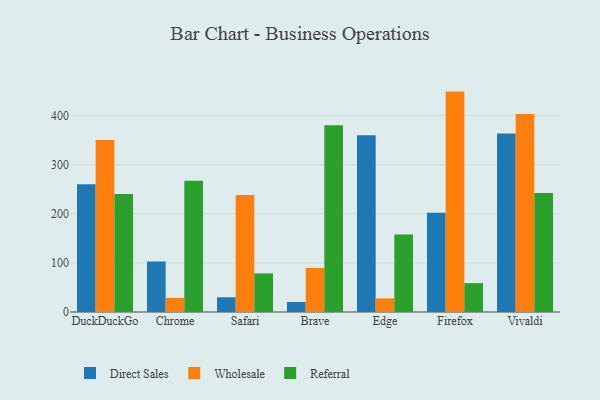
{"axis": {"x": "Browser", "y": "Humidity (%)"}, "legend": ["Direct Sales", "Referral", "Wholesale"], "data": [{"x": "DuckDuckGo", "y": 260.3, "type": "Direct Sales"}, {"x": "DuckDuckGo", "y": 350.3, "type": "Wholesale"}, {"x": "DuckDuckGo", "y": 240.4, "type": "Referral"}, {"x": "Chrome", "y": 102.9, "type": "Direct Sales"}, {"x": "Chrome", "y": 28.7, "type": "Wholesale"}, {"x": "Chrome", "y": 267.2, "type": "Referral"}, {"x": "Safari", "y": 30.0, "type": "Direct Sales"}, {"x": "Safari", "y": 238.2, "type": "Wholesale"}, {"x": "Safari", "y": 78.6, "type": "Referral"}, {"x": "Brave", "y": 20.4, "type": "Direct Sales"}, {"x": "Brave", "y": 89.8, "type": "Wholesale"}, {"x": "Brave", "y": 380.4, "type": "Referral"}, {"x": "Edge", "y": 359.8, "type": "Direct Sales"}, {"x": "Edge", "y": 27.7, "type": "Wholesale"}, {"x": "Edge", "y": 157.8, "type": "Referral"}, {"x": "Firefox", "y": 202.4, "type": "Direct Sales"}, {"x": "Firefox", "y": 448.9, "type": "Wholesale"}, {"x": "Firefox", "y": 58.8, "type": "Referral"}, {"x": "Vivaldi", "y": 363.5, "type": "Direct Sales"}, {"x": "Vivaldi", "y": 403.2, "type": "Wholesale"}, {"x": "Vivaldi", "y": 242.6, "type": "Referral"}]}